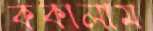
ককালাম